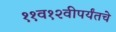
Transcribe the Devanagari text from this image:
११व१२वीपर्यंतचे